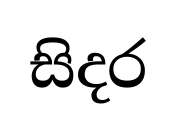
සිදර